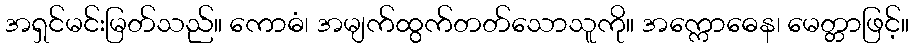
အရှင်မင်းမြတ်သည်။ ကောဓံ၊ အမျက်ထွက်တတ်သောသူကို။ အက္ကောဓေန၊ မေတ္တာဖြင့်။